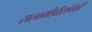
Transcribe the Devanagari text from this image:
सलामीवीरांपैकी